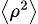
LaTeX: \scriptstyle\left\langle\rho^{2}\right\rangle